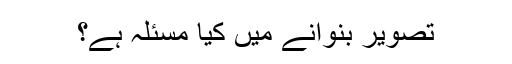
تصویر بنوانے میں کیا مسئلہ ہے؟